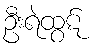
ဦးရဲထွဋ်